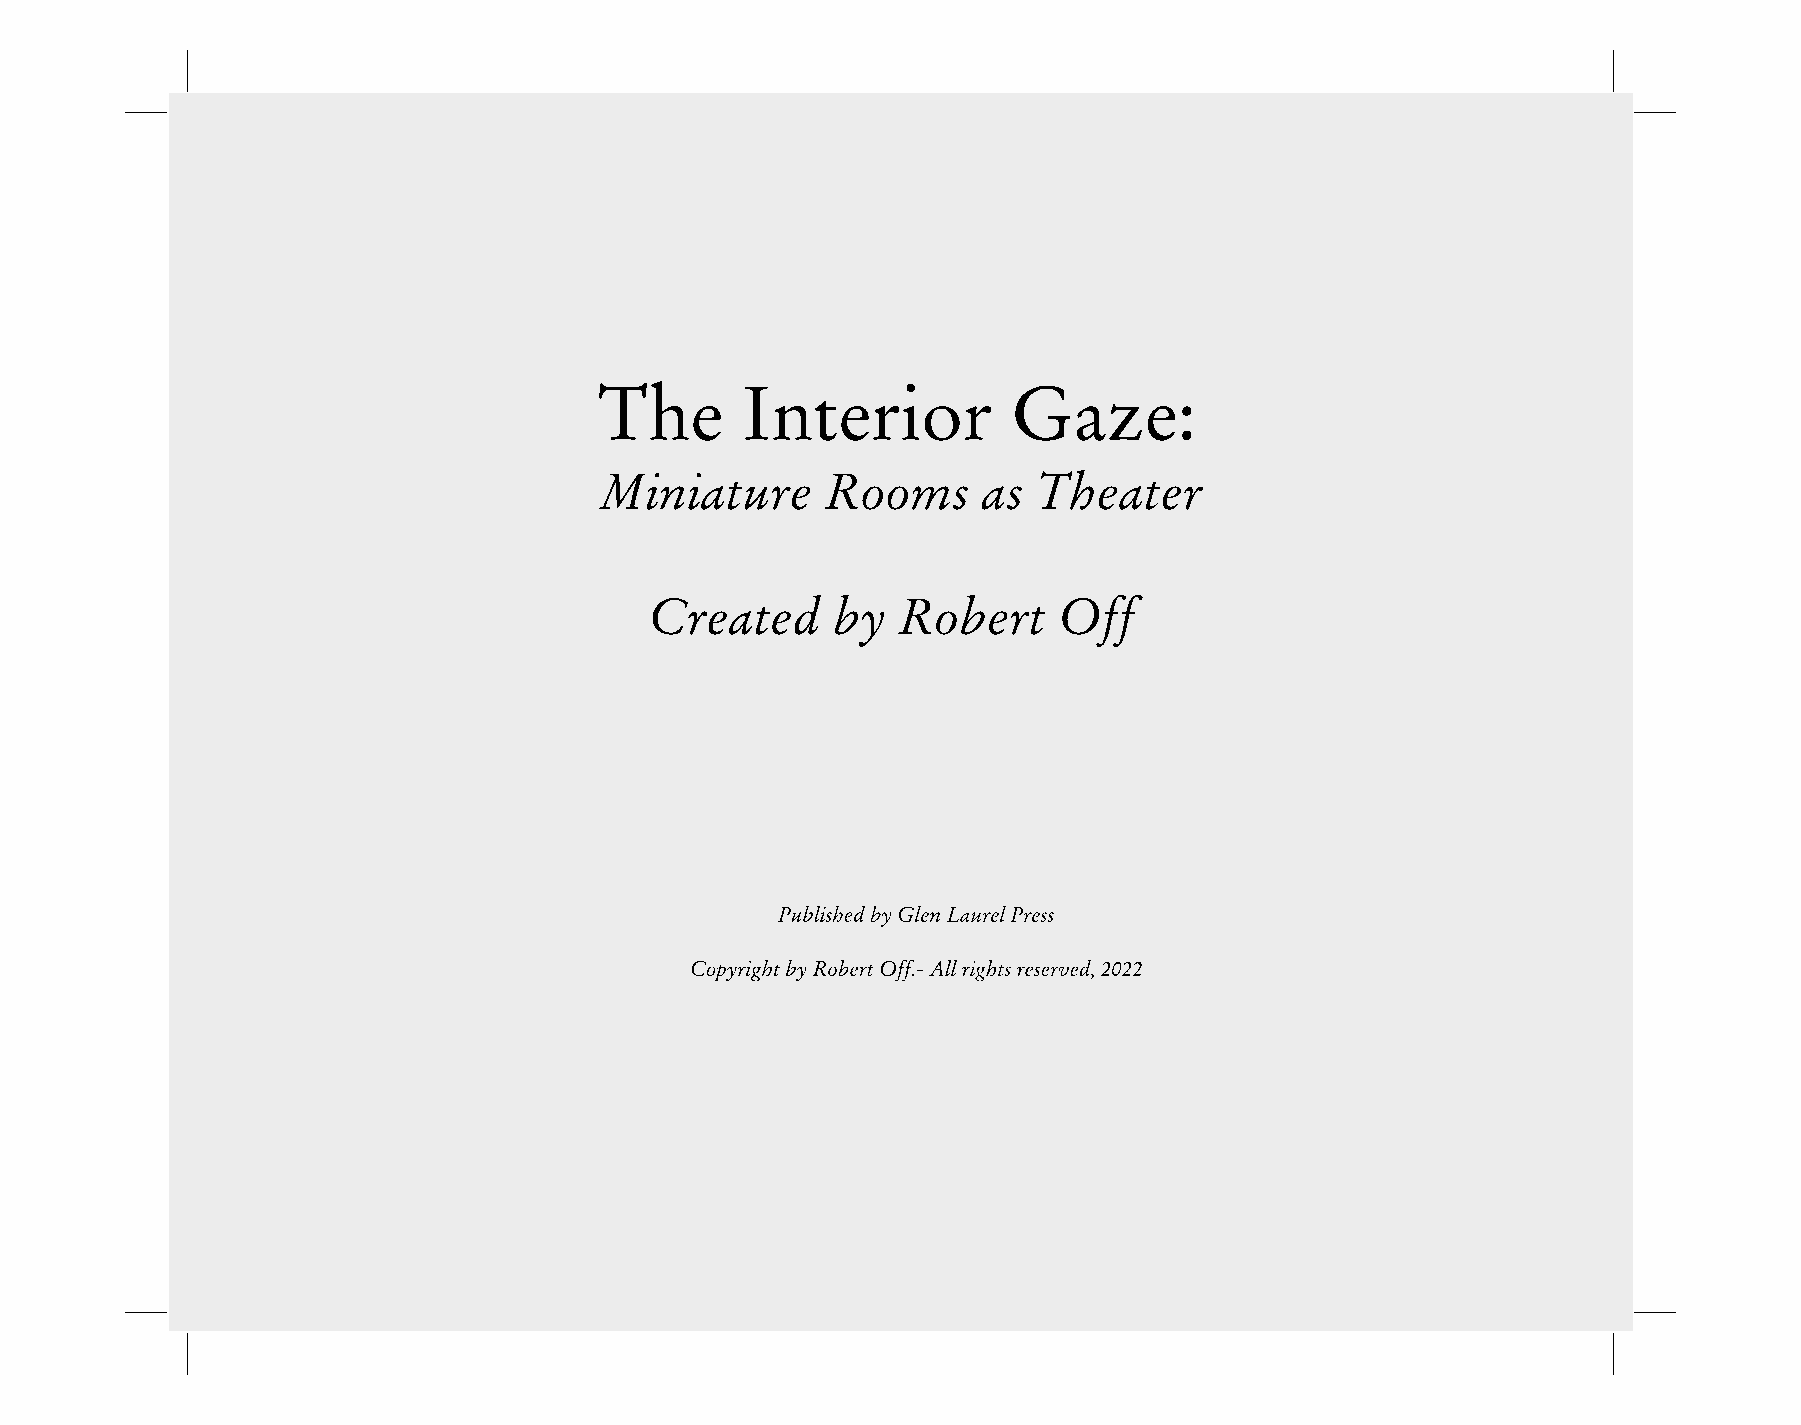
Published by Glen Laurel Press
 The InteCropyirigoht bry R obGert Offa.- Azll rigehts: reserved, 2022
 Miniature Rooms as Theater
 Created by Robert Off